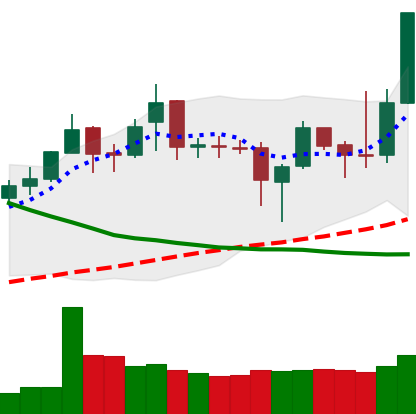
Ticker: XMR-USD
Chart end date: 2019-04-01
Forward return: 13.537%
Label: up_7plus